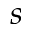
s